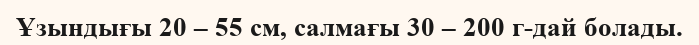
Ұзындығы 20 – 55 см, салмағы 30 – 200 г-дай болады.